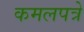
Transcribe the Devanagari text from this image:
कमलपत्रे